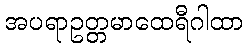
အပရာဥတ္တမာထေရီဂါထာ